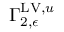
\Gamma _ { 2 , \epsilon } ^ { \mathrm { L V } , u }